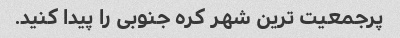
پرجمعیت ترین شهر کره جنوبی را پیدا کنید.